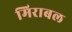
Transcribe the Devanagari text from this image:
मिराबल